Report of the Municipal Commissioner on the plague in Bombay for the year ending 31st May... - Volume 3
Disease focus: Plague
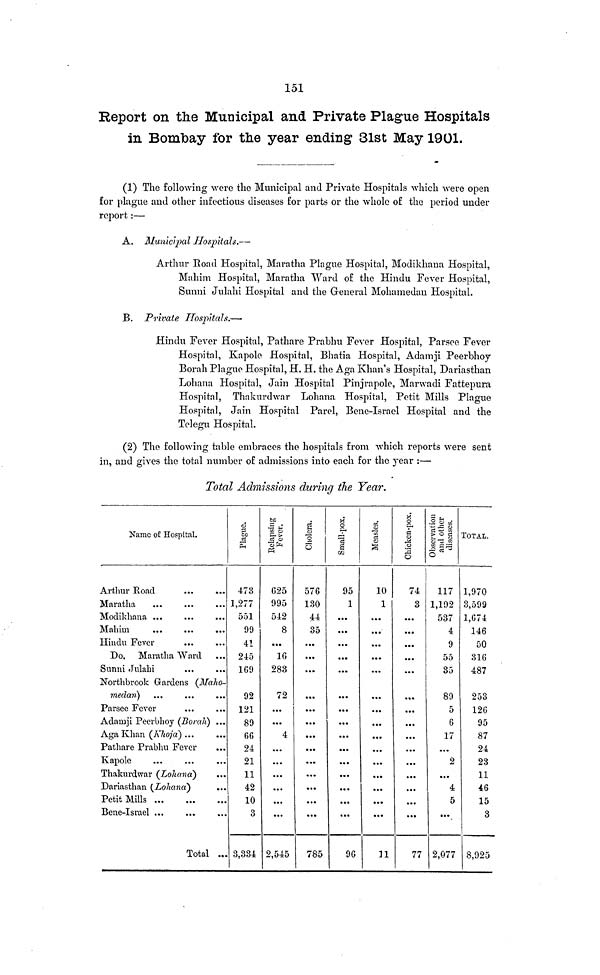
151
Report on the Municipal and Private Plague Hospitals
in Bombay for the year ending 31st May 1901.
(1) The following were the Municipal and Private Hospitals which were open
for plague and other infectious diseases for parts or the whole of the period under
report :—
A. Municipal Hospitals.—
Arthur Road Hospital, Maratha Plague Hospital, Modikhana Hospital,
Mahim Hospital, Maratha Ward of the Hindu Fever Hospital,
Sunni Julahi Hospital and the General Mohamedan Hospital.
B. Private Hospitals.—
Hindu Fever Hospital, Pathare Prabhu Fever Hospital, Parsee Fever
Hospital, Kapole Hospital, Bhatia Hospital, Adamji Peerbhoy
Borah Plague Hospital, H. H. the Aga Khan's Hospital, Dariasthan
Lohana Hospital, Jain Hospital Pinjrapole, Marwadi Fattepura
Hospital, Thakurdwar Lohana Hospital, Petit Mills Plague
Hospital, Jain Hospital Parel, Bene-Israel Hospital and the
Telegu Hospital.
(2) The following table embraces the hospitals from which reports were sent
in, and gives the total number of admissions into each for the year :—
Total Admissions during the Year.
Name of Hospital.
Arthur Road
Maratha
Modikhana
Mahim
Hindu Fever
Do, Maratha Ward
Sunni Julahi
Northbrook Gardens (Maho-
medan)
Parsee Fever
Adamji Peerbhoy
(Borah)
Aga Khan
(Khoja)
Pathare Prabhu Fever
Kapole
Thakurdwar (Lohana)
Dariasthan (Lohana)
Petit Mills
Bene-Israel
Total
473
1,277
551
99
41
245
1G9
92
121
89
66
24
21
11
42
10
3
3,334
625
995
542
8
16
283
72
4
2,545
576
130
44
35
785
95
1
96
10
1
74
3
77
117
1,192
537
4
9
55
35
89
5
6
17
2
4
5
2,077
TOTAL.
1,970
3,599
1,674
146
50
316
487
253
126
95
87
24
23
11
46
15
3
8,925